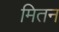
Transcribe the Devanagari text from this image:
मितन